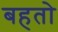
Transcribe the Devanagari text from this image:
बहतो